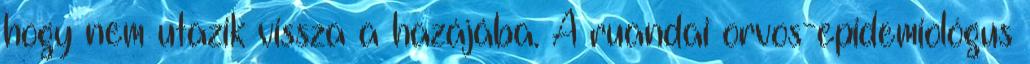
hogy nem utazik vissza a hazájába. A ruandai orvos-epidemiológus